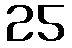
25